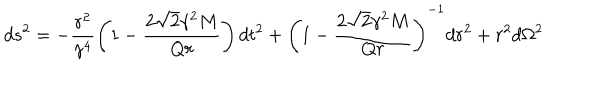
d s ^ { 2 } = - \frac { r ^ { 2 } } { \gamma ^ { 4 } } \left( 1 - \frac { 2 { \sqrt 2 } \gamma ^ { 2 } M } { Q r } \right) d t ^ { 2 } + \left( 1 - \frac { 2 { \sqrt 2 } \gamma ^ { 2 } M } { Q r } \right) ^ { - 1 } d r ^ { 2 } + r ^ { 2 } d \Omega ^ { 2 }